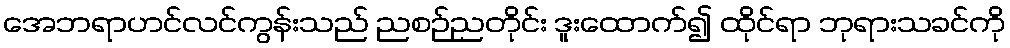
အေဘရာဟင်လင်ကွန်းသည် ညစဉ်ညတိုင်း ဒူးထောက်၍ ထိုင်ရာ ဘုရားသခင်ကို